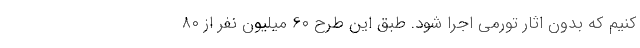
کنیم که بدون اثار تورمی اجرا شود. طبق این طرح ۶۰ میلیون نفر از ۸۰